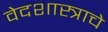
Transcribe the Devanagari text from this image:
वेदशास्त्राचे